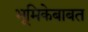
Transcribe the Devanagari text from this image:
भूमिकेबाबत